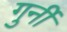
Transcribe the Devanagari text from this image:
गुर्नी